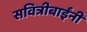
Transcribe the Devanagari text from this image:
सवित्रीबाईंनी